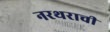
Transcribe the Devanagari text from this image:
नरथराची